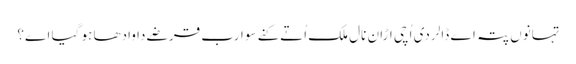
تہانوں پتہ اے ڈالر دی اُچی اڑان نال ملک اُتے کنے سو ارب قرضے دا وادھا ہو گیا اے؟